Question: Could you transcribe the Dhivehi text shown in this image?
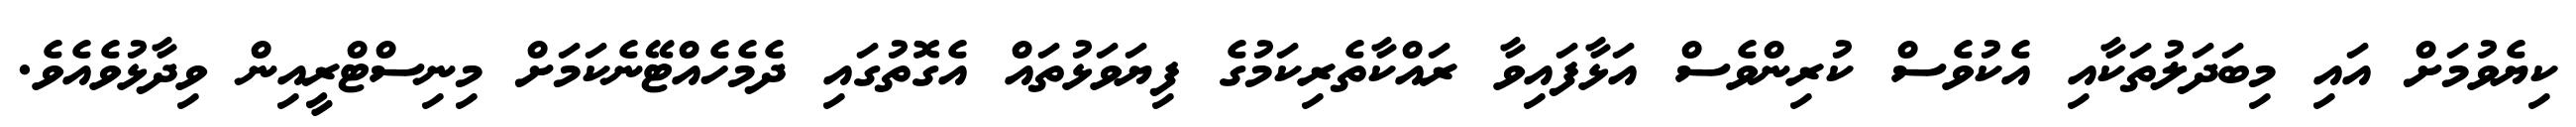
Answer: ކިޔެވުމަށް އައި މިބަދަލުތަކާއި އެކުވެސް ކުރިންވެސް އަޅާފައިވާ ރައްކާތެރިކަމުގެ ފިޔަވަޅުތައް އެގޮތުގައި ދެމެހެއްޓޭނެކަމަށް މިނިސްޓްރީއިން ވިދާޅުވެއެވެ.